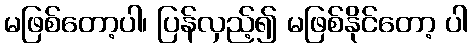
မဖြစ်တော့ပါ၊ ပြန်လှည့်၍ မဖြစ်နိုင်တော့ ပါ